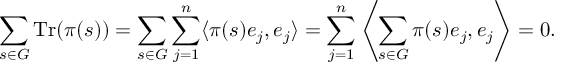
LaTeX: \sum _ { s \in G } { \mathrm { T r } } ( \pi ( s ) ) = \sum _ { s \in G } \sum _ { j = 1 } ^ { n } \langle \pi ( s ) e _ { j } , e _ { j } \rangle = \sum _ { j = 1 } ^ { n } \left\langle \sum _ { s \in G } \pi ( s ) e _ { j } , e _ { j } \right\rangle = 0 .